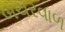
બચરવાળ